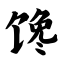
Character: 馋